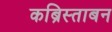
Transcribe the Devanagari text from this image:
कब्रिस्ताबन